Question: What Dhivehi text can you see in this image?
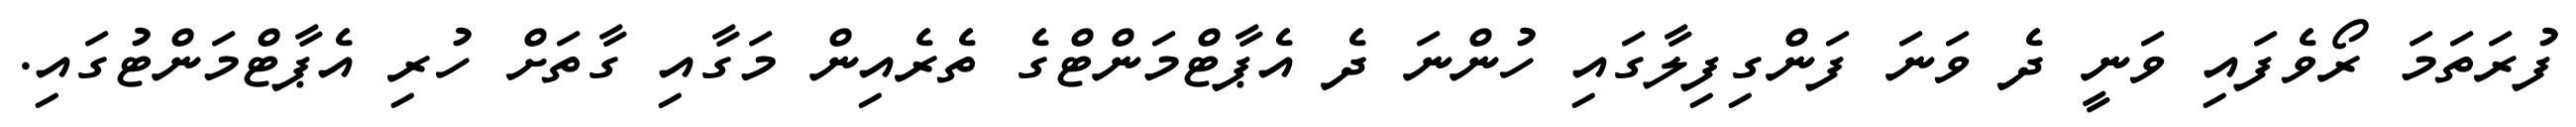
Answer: ފުރަތަމަ ރޯވެފައި ވަނީ ދެ ވަނަ ފަންގިފިލާގައި ހުންނަ ދެ އެޕާޓްމަންޓްގެ ތެރެއިން މަގާއި ގާތަށް ހުރި އެޕާޓްމަންޓުގައި.